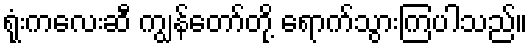
ရုံးကလေးဆီ ကျွန်တော်တို့ ရောက်သွားကြပါသည်။